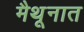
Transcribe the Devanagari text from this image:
मैथूनात